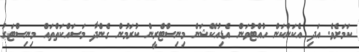
ކަމަށެވެ. އަދި އެކަންކަން ހުއްޓުވަން އެޑިއުކޭޝަން މިނިސްޓްރީން ކުރަމުން ގެންދާ މަސައްކަތްތައް މިނިސްޓަރު